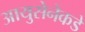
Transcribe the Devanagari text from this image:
आयुसेनेकडे